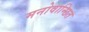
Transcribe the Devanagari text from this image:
मनोवान्छित